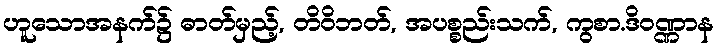
ဟူသောအနက်၌ ဓာတ်မှည့်, တိဝိဘတ်, အပစ္စည်းသက်, ကွစာ.ဒိဝဏ္ဏာန